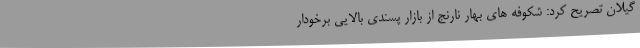
گیلان تصریح کرد: شکوفه های بهار نارنج از بازار پسندی بالایی برخودار